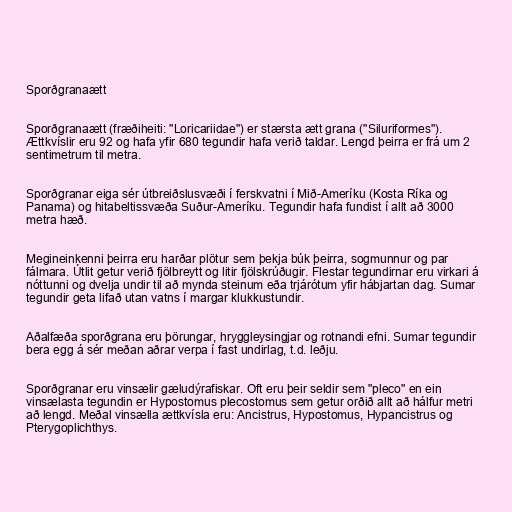
Sporðgranaætt

Sporðgranaætt (fræðiheiti: "Loricariidae") er stærsta ætt grana ("Siluriformes").
Ættkvíslir eru 92 og hafa yfir 680 tegundir hafa verið taldar. Lengd þeirra er frá um 2
sentimetrum til metra.

Sporðgranar eiga sér útbreiðslusvæði í ferskvatni í Mið-Ameríku (Kosta Ríka og
Panama) og hitabeltissvæða Suður-Ameríku. Tegundir hafa fundist í allt að 3000
metra hæð.

Megineinkenni þeirra eru harðar plötur sem þekja búk þeirra, sogmunnur og par
fálmara. Útlit getur verið fjölbreytt og litir fjölskrúðugir. Flestar tegundirnar eru virkari á
nóttunni og dvelja undir til að mynda steinum eða trjárótum yfir hábjartan dag. Sumar
tegundir geta lifað utan vatns í margar klukkustundir.

Aðalfæða sporðgrana eru þörungar, hryggleysingjar og rotnandi efni. Sumar tegundir
bera egg á sér meðan aðrar verpa í fast undirlag, t.d. leðju.

Sporðgranar eru vinsælir gæludýrafiskar. Oft eru þeir seldir sem "pleco" en ein
vinsælasta tegundin er Hypostomus plecostomus sem getur orðið allt að hálfur metri
að lengd. Meðal vinsælla ættkvísla eru: Ancistrus, Hypostomus, Hypancistrus og
Pterygoplichthys.